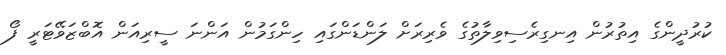
ކުރުދީންގެ އިތުރުން އިނގިރެސިވިލާތުގެ ވެރިރަށް ލަންޑަންގައި ހިންގަމުން އަންނަ ސީރިއަން އޮބްޒަވޭޓަރީ ފޯ